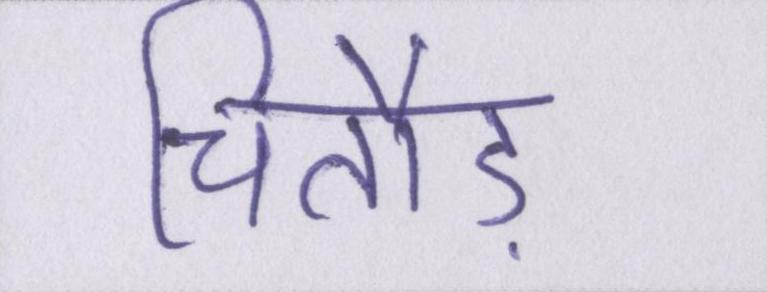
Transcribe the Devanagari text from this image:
चितौड़